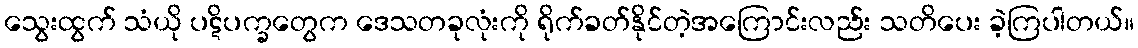
သွေးထွက် သံယို ပဋိပက္ခတွေက ဒေသတခုလုံးကို ရိုက်ခတ်နိုင်တဲ့အကြောင်းလည်း သတိပေး ခဲ့ကြပါတယ်။